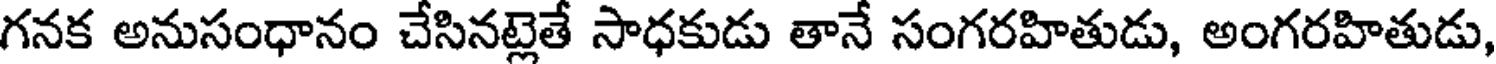
గనక అనుసంధానం చేసినట్లెతే సాధకుడు తానే సంగరహితుడు, అంగరహితుడు,